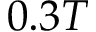
0 . 3 T